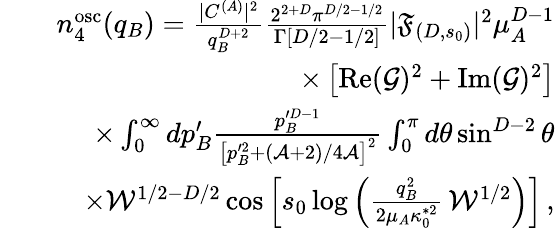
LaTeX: \begin{array}{rlr}&{}&{n_{4}^{\mathrm{osc}}(q_{B})=\frac{|C^{(A)}|^{2}}{q_{B}^{D+2}}\frac{2^{2+D}\pi^{D/2-1/2}}{\Gamma[D/2-1/2]}|\mathfrak{F}_{(D,s_{0})}|^{2}\mu_{A}^{D-1}}\\ &{}&{\times\left[\operatorname{Re}(\mathcal{G})^{2}+\operatorname{Im}(\mathcal{G})^{2}\right]}\\ &{}&{\times\int_{0}^{\infty}dp_{B}^{\prime}\frac{p_{B}^{\prime D-1}}{\left[p_{B}^{\prime 2}+(\mathcal{A}+2)/4\mathcal{A}\right]^{2}}\int_{0}^{\pi}d\theta\sin^{D-2}\theta}\\ &{}&{\times\mathcal{W}^{1/2-D/2}\cos\left[s_{0}\log\left(\frac{q_{B}^{2}}{2\mu_{A}\kappa_{0}^{*2}}\, \mathcal{W}^{1/2}\right)\right]\, ,}\end{array}